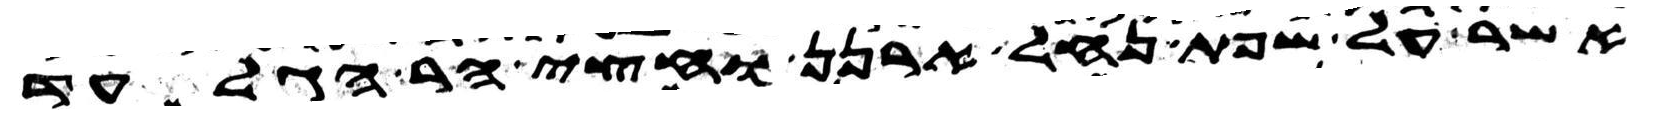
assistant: אשר על שפת נחל ארנן וחצי הר הגלעד